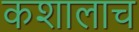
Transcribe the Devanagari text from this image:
कशालाच